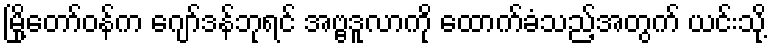
မြို့တော်ဝန်က ဂျော်ဒန်ဘုရင် အဗ္ဗဒူလာကို ထောက်ခံသည့်အတွက် ယင်းသို့